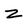
Character: z